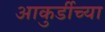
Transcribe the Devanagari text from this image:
आकुर्डीच्या